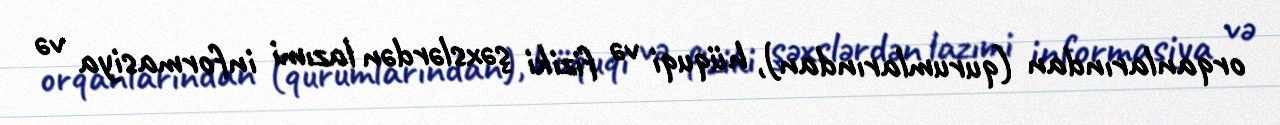
orqanlarından (qurumlarından), hüquqi və fiziki şəxslərdən lazımi informasiya və